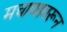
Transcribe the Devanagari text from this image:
मचाणावरून